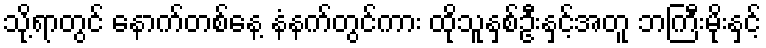
သို့ရာတွင် နောက်တစ်နေ့ နံနက်တွင်ကား ထိုသူနှစ်ဦးနှင့်အတူ ဘကြီးမိုးနှင့်